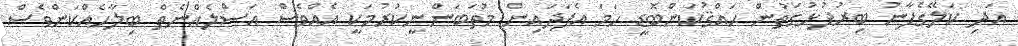
އަދި ކަލޭގެފާނު ބިރުފުޅުގަތުން ޙައްޤުކަންބޮޑީ ހަމަ އެފަދައިން މުތަބަންނީކުރުމަކީ އެއްވެސް އަސްލެއްނެތް ބިލާހެއްކަންވެސް